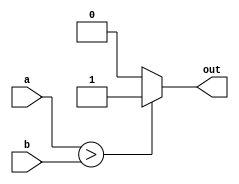
// Signed comparator

module signed_comparator
  (
    input wire signed [7:0] a, b,
    output wire             out
  );

  assign out = a > b ? 1'b1 : 1'b0;

endmodule